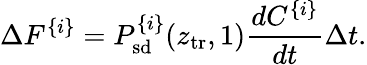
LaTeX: \Delta F^{\{ i\} }={P_{\mathrm{sd}}^{\{ i\} }(z_{\mathrm{tr}},1)}{\frac{dC^{\{ i\} }}{dt}}\Delta t.